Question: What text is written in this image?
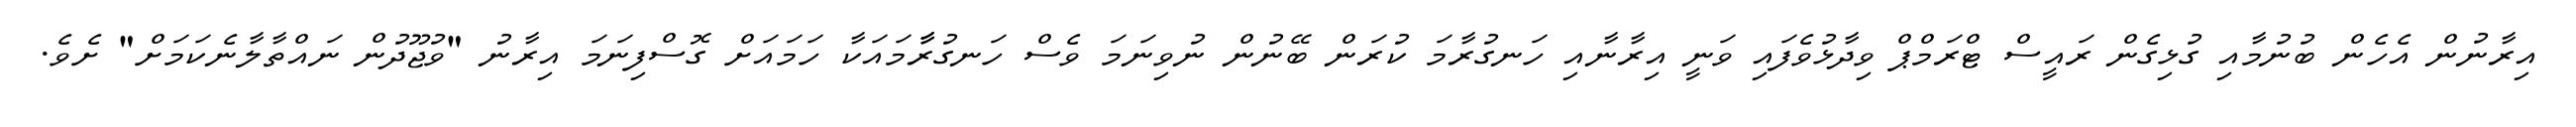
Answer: އިރާނުން އެހެން ބުނުމާއި ގުޅިގެން ރައީސް ޓްރަމްޕް ވިދާޅުވެފައި ވަނީ އިރާނާއި ހަނގުރާމަ ކުރަން ބޭނުން ނުވިނަމަ ވެސް ހަނގުރާާމައަކާ ހަމައަށް ގޮސްފިނަމަ އިރާނު "ވުޖޫދުން ނައްތާލާނެކަމަށް" ށެވެ.